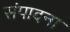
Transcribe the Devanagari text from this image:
संपादना